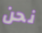
نحن